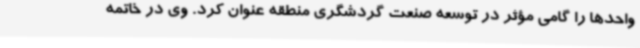
واحدها را گامی مؤثر در توسعه صنعت گردشگری منطقه عنوان کرد. وی در خاتمه